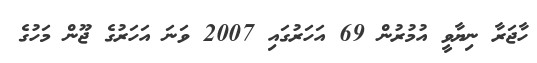
ހާޖަރާ ނިޔާވީ އުމުރުން 69 އަހަރުގައި 2007 ވަނަ އަހަރުގެ ޖޫން މަހުގެ